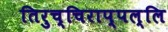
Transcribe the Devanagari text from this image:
तिरुच्चिराप्पल्लि